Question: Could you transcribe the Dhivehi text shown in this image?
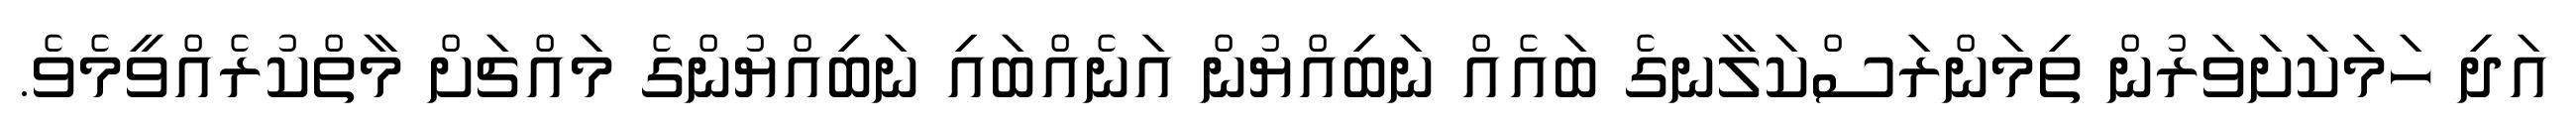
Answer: އަދި ހަމަކަށަވަރުން ތިމަންރަސްކަލާނގެ ބައެއް ނަބިއްޔުން އަނެއްބައި ނަބިއްޔުންގެ މައްޗަށް މާތްކުރެއްވީމެވެ.